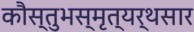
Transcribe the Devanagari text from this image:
कौस्तुभस्मृत्यर्थसार